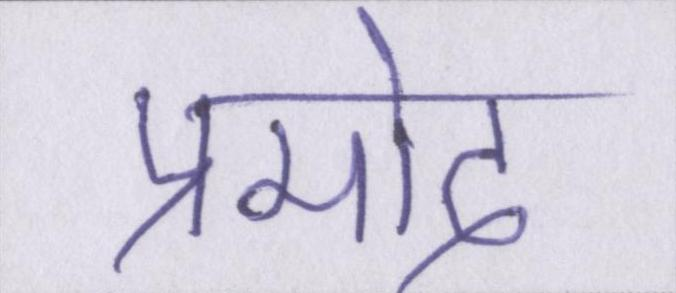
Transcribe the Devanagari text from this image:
प्रमोद